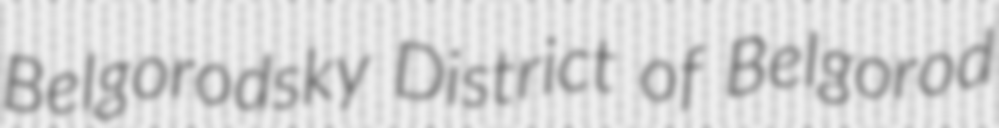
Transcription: Belgorodsky District of Belgorod